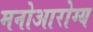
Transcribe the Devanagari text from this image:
मनोआरोग्य